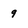
Character: 9